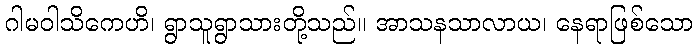
ဂါမဝါသိကေဟိ၊ ရွာသူရွာသားတို့သည်။ အာသနသာလာယ၊ နေရာဖြစ်သော